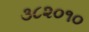
૩૮૨૦૧૦